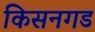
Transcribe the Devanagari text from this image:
किसनगड